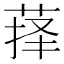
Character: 萚